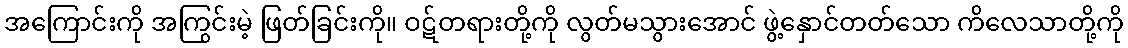
အကြောင်းကို အကြွင်းမဲ့ ဖြတ်ခြင်းကို။ ဝဋ်တရားတို့ကို လွတ်မသွားအောင် ဖွဲ့နှောင်တတ်သော ကိလေသာတို့ကို